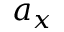
a _ { x }